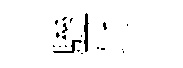
驂牙